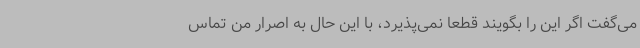
می‌گفت اگر این را بگویند قطعا نمی‌پذیرد، با این حال به اصرار من تماس